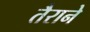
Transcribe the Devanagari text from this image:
तैराने